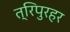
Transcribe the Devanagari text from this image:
त्रिपुरहर